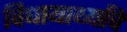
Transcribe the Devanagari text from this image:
विधायार्थ्यांचे